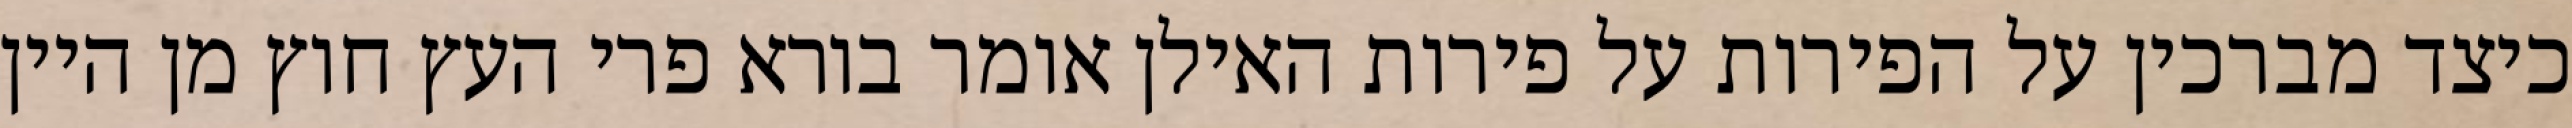
כיצד מברכין על הפירות על פירות האילן אומר בורא פרי העץ חוץ מן היין